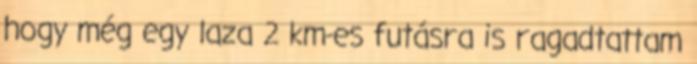
hogy még egy laza 2 km-es futásra is ragadtattam